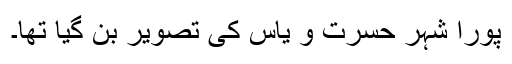
پورا شہر حسرت و یاس کی تصویر بن گیا تھا۔